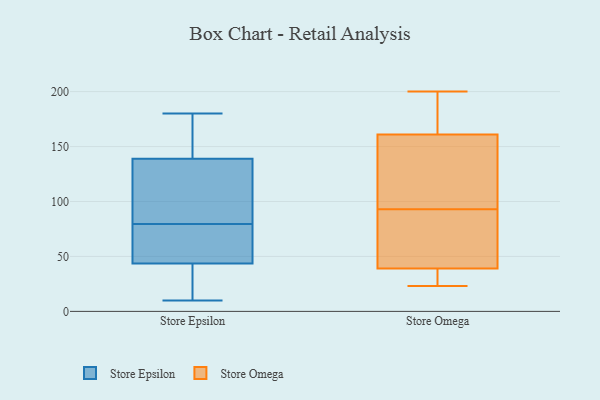
{"axis": {"x": "Page Views", "y": "Value"}, "legend": ["Store Epsilon", "Store Omega"], "data": [{"x": "", "y": 26, "type": "Store Epsilon"}, {"x": "", "y": 58, "type": "Store Epsilon"}, {"x": "", "y": 75, "type": "Store Epsilon"}, {"x": "", "y": 36, "type": "Store Epsilon"}, {"x": "", "y": 10, "type": "Store Epsilon"}, {"x": "", "y": 48, "type": "Store Epsilon"}, {"x": "", "y": 105, "type": "Store Epsilon"}, {"x": "", "y": 125, "type": "Store Epsilon"}, {"x": "", "y": 26, "type": "Store Epsilon"}, {"x": "", "y": 175, "type": "Store Epsilon"}, {"x": "", "y": 73, "type": "Store Epsilon"}, {"x": "", "y": 81, "type": "Store Epsilon"}, {"x": "", "y": 180, "type": "Store Epsilon"}, {"x": "", "y": 150, "type": "Store Epsilon"}, {"x": "", "y": 179, "type": "Store Epsilon"}, {"x": "", "y": 128, "type": "Store Epsilon"}, {"x": "", "y": 157, "type": "Store Epsilon"}, {"x": "", "y": 104, "type": "Store Epsilon"}, {"x": "", "y": 78, "type": "Store Epsilon"}, {"x": "", "y": 39, "type": "Store Epsilon"}, {"x": "", "y": 29, "type": "Store Omega"}, {"x": "", "y": 195, "type": "Store Omega"}, {"x": "", "y": 194, "type": "Store Omega"}, {"x": "", "y": 161, "type": "Store Omega"}, {"x": "", "y": 42, "type": "Store Omega"}, {"x": "", "y": 161, "type": "Store Omega"}, {"x": "", "y": 30, "type": "Store Omega"}, {"x": "", "y": 200, "type": "Store Omega"}, {"x": "", "y": 120, "type": "Store Omega"}, {"x": "", "y": 93, "type": "Store Omega"}, {"x": "", "y": 132, "type": "Store Omega"}, {"x": "", "y": 43, "type": "Store Omega"}, {"x": "", "y": 38, "type": "Store Omega"}, {"x": "", "y": 75, "type": "Store Omega"}, {"x": "", "y": 23, "type": "Store Omega"}]}